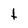
Character: t